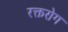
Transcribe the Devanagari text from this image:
रक्तरोग